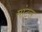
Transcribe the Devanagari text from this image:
मांट्स